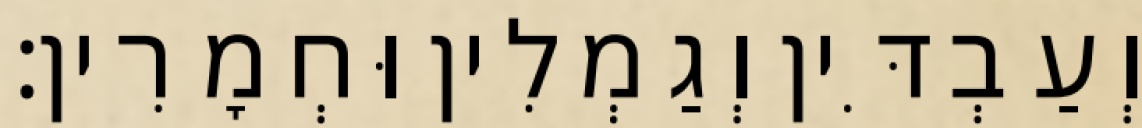
וְעַבְדִּין וְגַמְלִין וּחְמָרִין׃